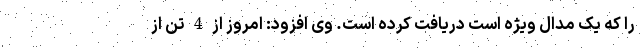
را که یک مدال ویژه است دریافت کرده است. وی افزود: امروز از 4 تن از